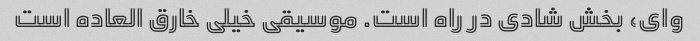
وای، بخش شادی در راه است. موسیقی خیلی خارق العاده است